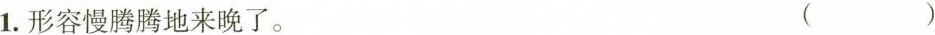
1.形容慢腾腾地来晚了。 ( )